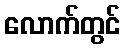
လောက်တွင်